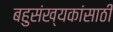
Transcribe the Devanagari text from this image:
बहुसंख्यकांसाठी